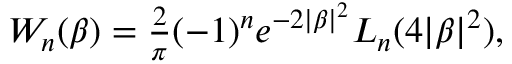
\begin{array} { r } { W _ { n } ( \beta ) = \frac { 2 } { \pi } ( - 1 ) ^ { n } e ^ { - 2 | \beta | ^ { 2 } } L _ { n } ( 4 | \beta | ^ { 2 } ) , } \end{array}